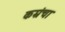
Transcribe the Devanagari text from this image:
कम्रंचा